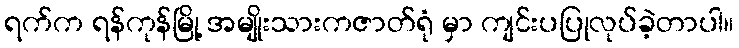
ရက်က ရန်ကုန်မြို့ အမျိုးသားကဇာတ်ရုံ မှာ ကျင်းပပြုလုပ်ခဲ့တာပါ။